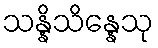
သန္နိသိန္နေသု